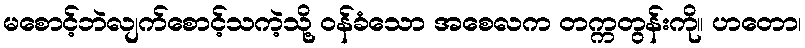
မစောင့်ဘဲလျက်စောင့်သကဲ့သို့ ဝန်ခံသော အစေလက တက္ကတွန်းကို။ ဟတော၊